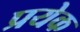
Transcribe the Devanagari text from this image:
प्रयेक